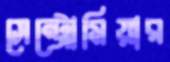
সেন্ট্রোমিয়ার